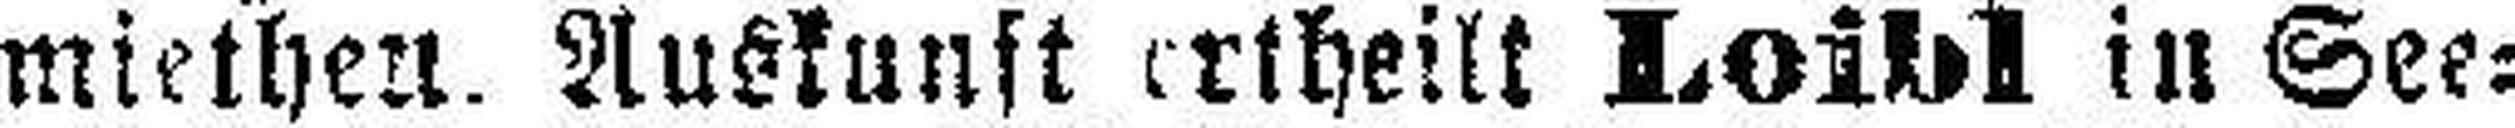
miethen. Auskunft ertheilt Loibl in See¬